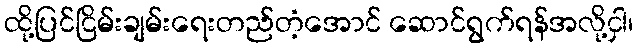
ထို့ပြင်ငြိမ်းချမ်းရေးတည်တံ့အောင် ဆောင်ရွက်ရန်အလို့ငှါ၊